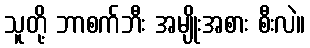
သူတို့ ဘာစက်ဘီး အမျိုးအစား စီးလဲ။